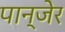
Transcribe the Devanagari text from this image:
पान्जेर